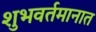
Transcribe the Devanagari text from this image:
शुभवर्तमानात